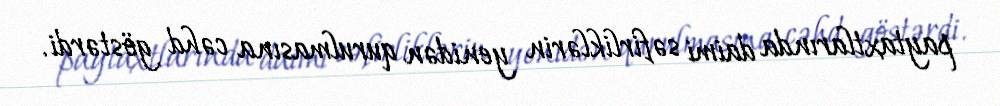
paytaxtlarında daimi səfirliklərin yenidən qurulmasına cəhd göstərdi.